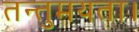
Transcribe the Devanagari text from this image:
तन्तुमयता।